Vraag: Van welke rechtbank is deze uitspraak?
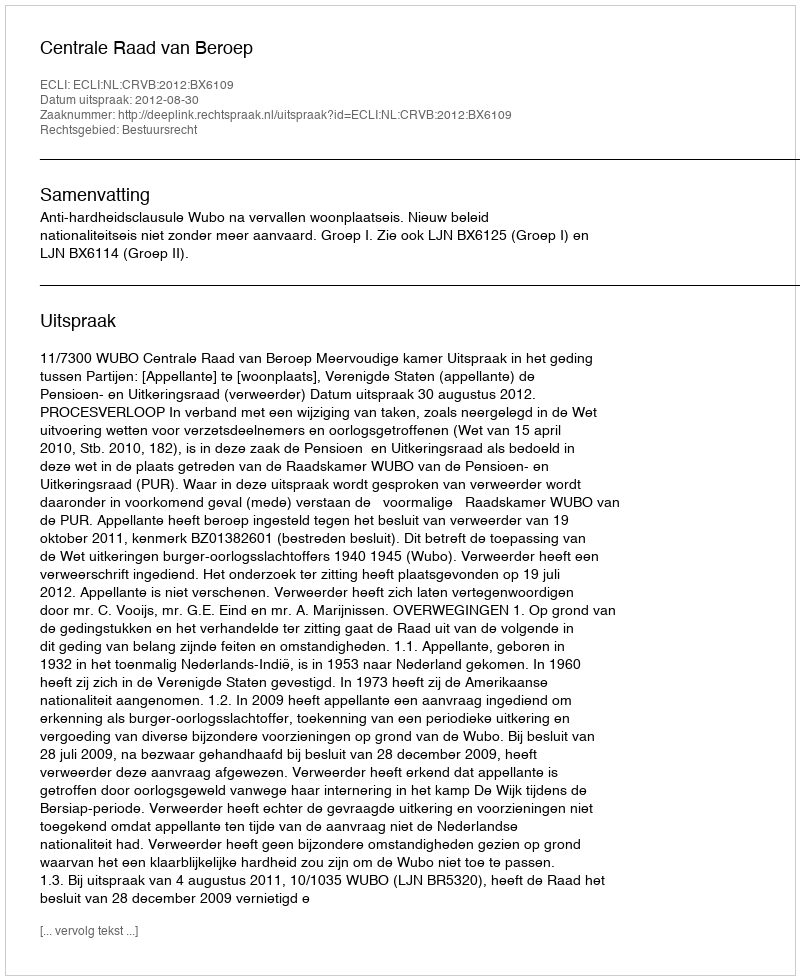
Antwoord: Centrale Raad van Beroep